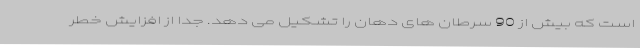
است که بیش از 90 سرطان های دهان را تشکیل می دهد. جدا از افزایش خطر